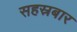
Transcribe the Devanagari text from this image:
सहस्रबार